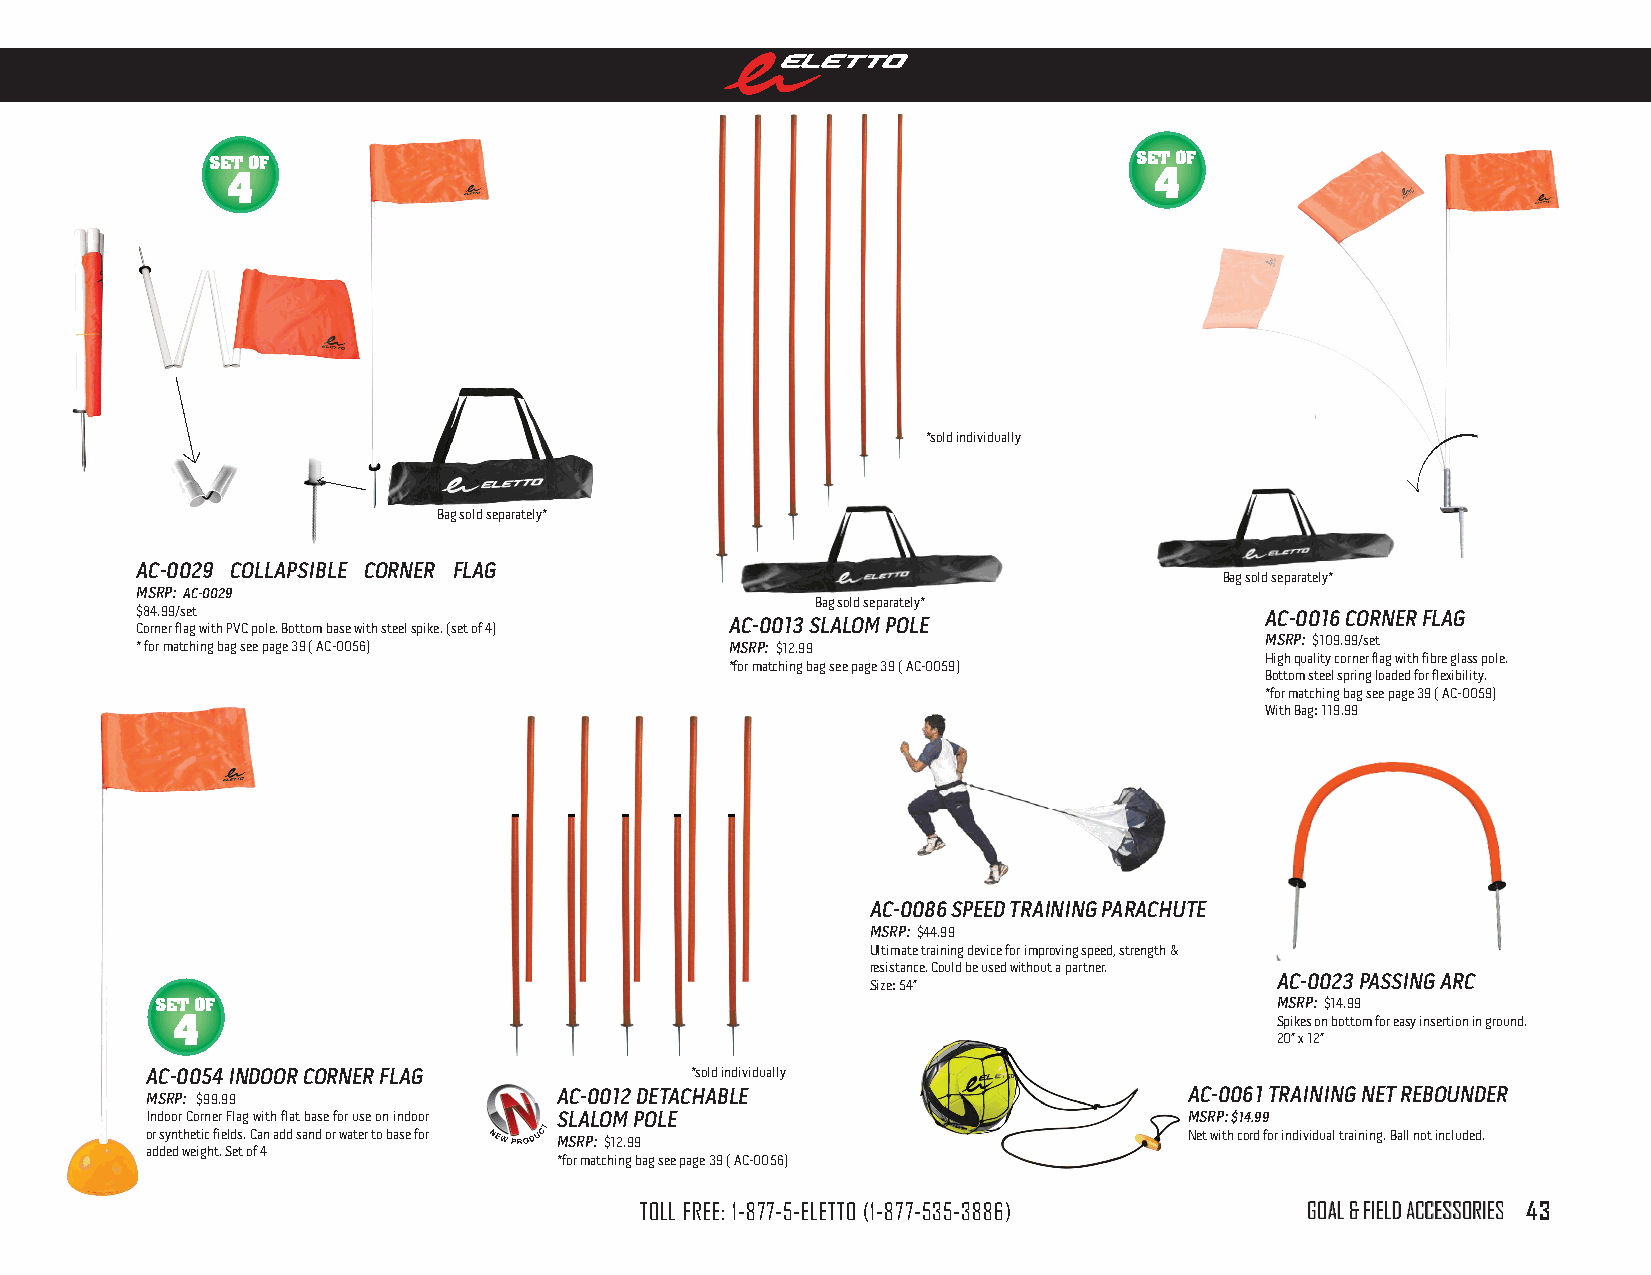
SET OF                                                       SET OF
 4                                                            4
 *sold individually
 Bag sold separately*
 Ac-0029 collAPsiBle corner FlAg
 Bag sold separately*
 msrP: Ac-0029
 Bag sold separately*
 $84.99/set                                                                 Ac-0016 corner FlAg
 Corner flag with PVC pole. Bottom base with steel spike. (set of 4) Ac-0013 slAlom Pole
 * for matching bag see page 39 ( AC-0056) msrP: $12.99                     msrP: $109.99/set
 High quality corner flag with fibre glass pole.
 *for matching bag see page 39 ( AC-0059)
 Bottom steel spring loaded for flexibility.
 *for matching bag see page 39 ( AC-0059)
 With Bag: 119.99
 Ac-0086 sPeed TrAining PArAchuTe
 msrP: $44.99
 Ultimate training device for improving speed, strength &
 resistance. Could be used without a partner.
 Ac-0023 PAssing Arc
 Size: 54”
 SET OF                                                                    msrP: $14.99
 4                                                                        Spikes on bottom for easy insertion in ground.
 20” x 12”
 Ac-0054 indoor corner FlAg          *sold individually
 msrP: $99.99               Ac-0012 deTAchABle                        Ac-0061 TrAining neT reBounder
 Indoor Corner Flag with flat base for use on indoor slAlom Pole      msrP: $14.99
 or synthetic fields. Can add sand or water to base for msrP: $12.99  Net with cord for individual training. Ball not included.
 added weight. Set of 4
 *for matching bag see page 39 ( AC-0056)
 TOLL FREE: 1-877-5-ELETTO (1-877-535-3886)   GOaL & FiELD aCCESSORiES 43